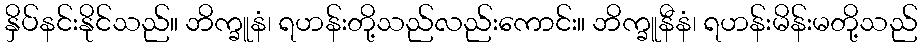
နှိပ်နင်းနိုင်သည်။ ဘိက္ခူနံ၊ ရဟန်းတို့သည်လည်းကောင်း။ ဘိက္ခူနီနံ၊ ရဟန်းမိန်းမတို့သည်